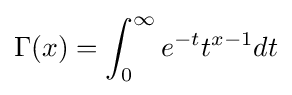
\Gamma (x)=\int _{0}^{\infty }e^{-t}t^{x-1}dt